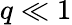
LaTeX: q\ll 1